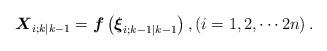
LaTeX: \begin{align*}{{\boldsymbol{X}}_{i;k|k - 1}} = {\boldsymbol{f}}\left( {{{\boldsymbol{\xi }}_{i;k - 1|k - 1}}} \right),\left( {i = 1,2, \cdots 2n} \right).\end{align*}